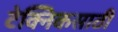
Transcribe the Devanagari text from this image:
टेक्निकसाठी